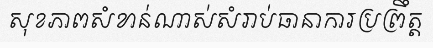
សុខភាពសំខាន់ណាស់សំរាប់ធានាការប្រព្រឹត្ត